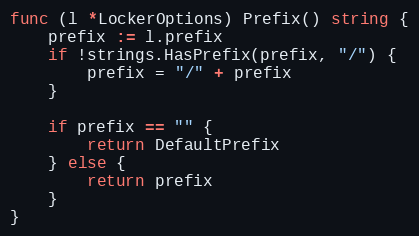
Language: Go
func (l *LockerOptions) Prefix() string {
	prefix := l.prefix
	if !strings.HasPrefix(prefix, "/") {
		prefix = "/" + prefix
	}

	if prefix == "" {
		return DefaultPrefix
	} else {
		return prefix
	}
}